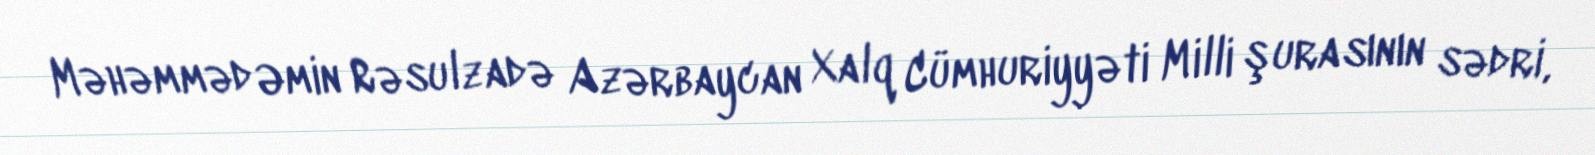
Məhəmməd Əmin Rəsulzadə Azərbaycan Xalq Cümhuriyyəti Milli şurasının sədri,